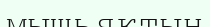
мышьяктың